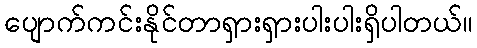
ပျောက်ကင်းနိုင်တာရှားရှားပါးပါးရှိပါတယ်။